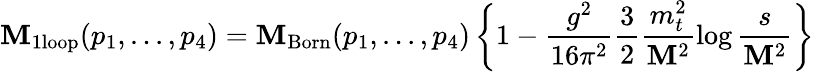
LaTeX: {\cal\mathbf{M}}_{\mathrm{{1loop}}}(p_{1},...,p_{4})={\cal\mathbf{M}}_{\mathrm{{Born}}}(p_{1},...,p_{4})\left\{ 1-\frac{{g^{2}}}{{16\pi^{2}}}\frac{{3}}{{2}}\frac{{m_{t}^{2}}}{{\mathbf{M}^{2}}}\log\frac{{s}}{{\mathbf{M}^{2}}}\right\}